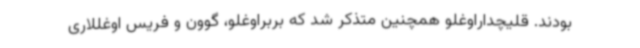
بودند. قلیچداراوغلو همچنین متذکر شد که بربراوغلو، گوون و فریس اوغللاری